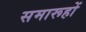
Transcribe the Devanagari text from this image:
समारूहों